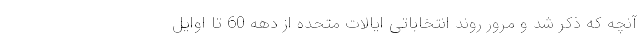
آنچه که ذکر شد و مرور روند انتخاباتی ایالات متحده از دهه 60 تا اوایل